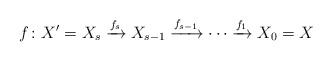
LaTeX: \begin{align*}f\colon X'=X_{s}\xrightarrow{f_{s}} X_{s-1}\xrightarrow{f_{s-1}} \cdots\xrightarrow{f_{1}} X_{0}=X \end{align*}